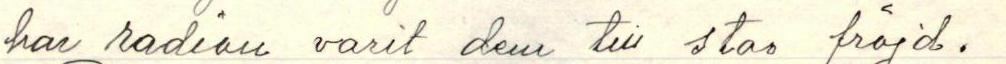
har radion varit den till stas fröjd.